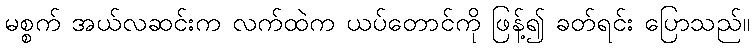
မစ္စက် အယ်လဆင်းက လက်ထဲက ယပ်တောင်ကို ဖြန့်၍ ခတ်ရင်း ပြောသည်။